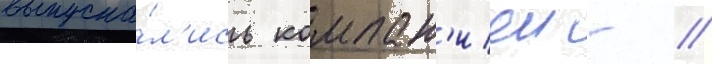
выпуска́л'ись компан'иеи - //